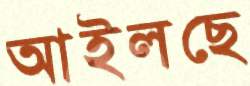
আইলছে